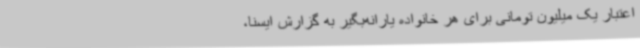
اعتبار یک میلیون تومانی برای هر خانواده یارانه‌بگیر به گزارش ایسنا،